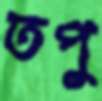
তপু